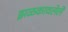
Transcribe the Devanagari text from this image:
झळकावलेले